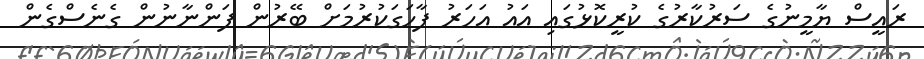
ރައީސް ޔާމީނުގެ ސަރުކާރުގެ ކުރީކޮޅުގައި އައު އަހަރު ފާހަގަކުރުމަށް ބޭރުން ފަންނާނުން ގެނެސްގެން